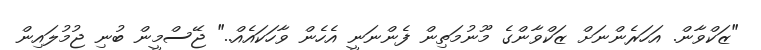
"ޒަކްވާން. އަހަރެންނަށް ޒަކްވާންގެ މޫނުމަތިން ފެންނަނީ އެހެން ވާހަކައެއް.." ޖޭސްމީން ބުނި ޖުމުލައިން